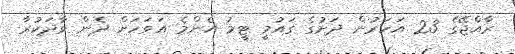
ރާއްޖޭގެ 23 އަހަރުން ދަށުގެ ގައުމީ ޓީމު އެންމެ އަވަހަށް ދެން ވާދަކުރާ